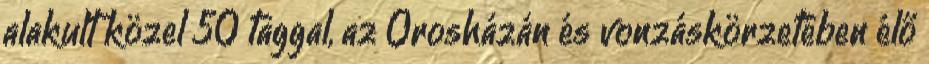
alakult közel 50 taggal, az Orosházán és vonzáskörzetében élő